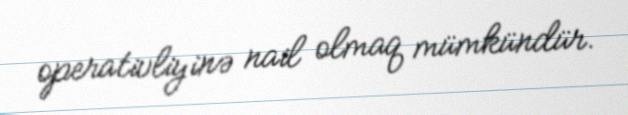
operativliyinə nail olmaq mümkündür.